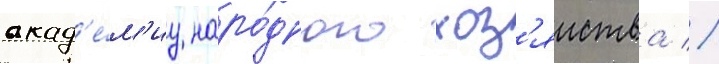
акад'е́м'иу наро́дного хоз'яиства //